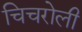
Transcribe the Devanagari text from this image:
चिचरोली